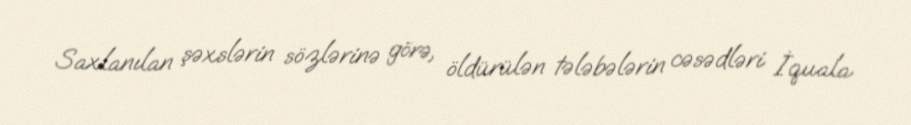
Saxlanılan şəxslərin sözlərinə görə, öldürülən tələbələrin cəsədləri İquala